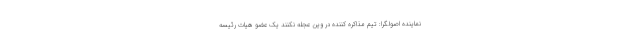
نماینده اصولگرا: تیم مذاکره کننده در وین عجله نکنند یک عضو هیات رئیسه